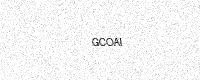
Text: GCOAI